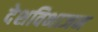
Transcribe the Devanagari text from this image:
देशविभाजन